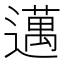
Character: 邁